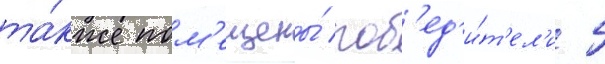
та́кже пом'ещены́ поб'ед'и́т'ел'и 5